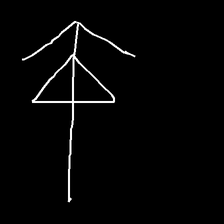
Glyph: pull